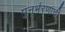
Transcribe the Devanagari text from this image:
पुनर्भरणाची